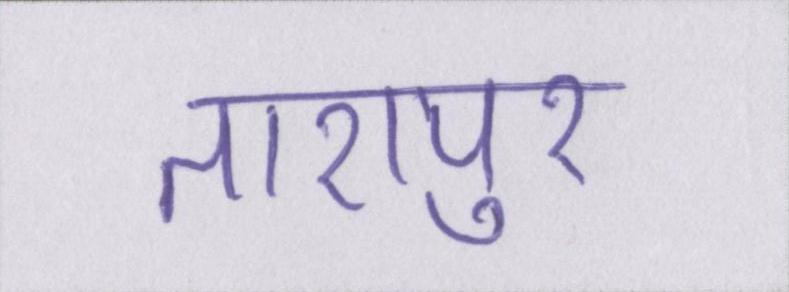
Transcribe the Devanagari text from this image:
तारापुर